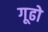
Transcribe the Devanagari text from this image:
गूढो